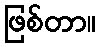
ဖြစ်တာ။